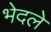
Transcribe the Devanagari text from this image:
भेदले